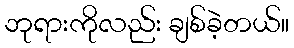
ဘုရားကိုလည်း ချစ်ခဲ့တယ်။